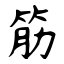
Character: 筋